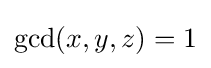
\gcd(x,y,z)=1